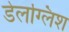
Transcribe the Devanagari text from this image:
डेलग्लिश